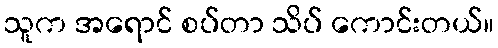
သူက အရောင် စပ်တာ သိပ် ကောင်းတယ်။